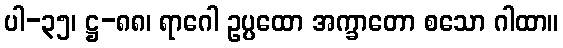
ပါ-၃၅၊ ဋ္ဌ-၈၈၊ ရာဂေါ ဥပ္ပထော အက္ခာတော စသော ဂါထာ။